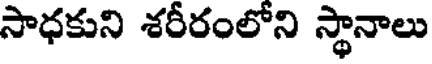
సాధకుని శరీరంలోని స్థానాలు